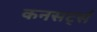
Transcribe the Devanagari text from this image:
कनसर्ट्स